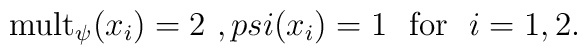
\mbox{mult}_{\psi} ( x_i ) = 2 \ , \ \\psi ( x_i ) = 1 \ \ \mbox{for \ } i = 1 , 2 .